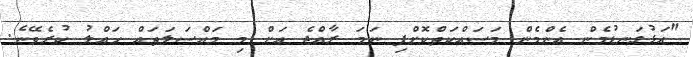
"އަޅުގަނޑުމެން އެންމެން މަސައްކަތްކޮށްފި ނަމަ ރާއްޖެ އަށް މި މައްސަލަތައް ހައްލު ކުރެވޭނެ.